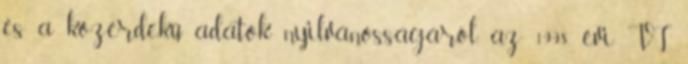
és a közérdekű adatok nyilvánosságáról, az 1998. évi VI.